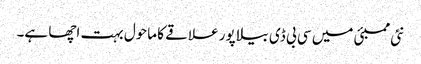
نئی ممبئی میں سی بی ڈی بیلا پور علاقے کا ماحول بہت اچھا ہے۔